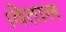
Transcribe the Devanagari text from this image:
।वेताल